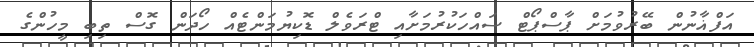
އަފްޣާނުން ބޭރުވުމަށް ޕާސްޕޯޓް ސައްހަކުރުމަށާއި ޓްރަވެލް ޑޮކިޔުމަންޓެއް ހޯދަން ގޮސް ތިބި މީހުންގެ